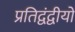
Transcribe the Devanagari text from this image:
प्रतिद्वंद्वीयों